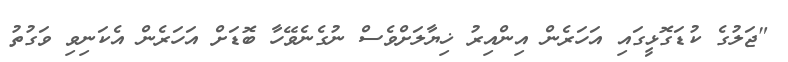
"ޖަލުގެ ކުޑަގޮޅީގައި އަހަރެން އިންއިރު ޚިޔާލަށްވެސް ނުގެނެވޭހާ ބޮޑަށް އަހަރެން އެކަނިވި ވަގުތު